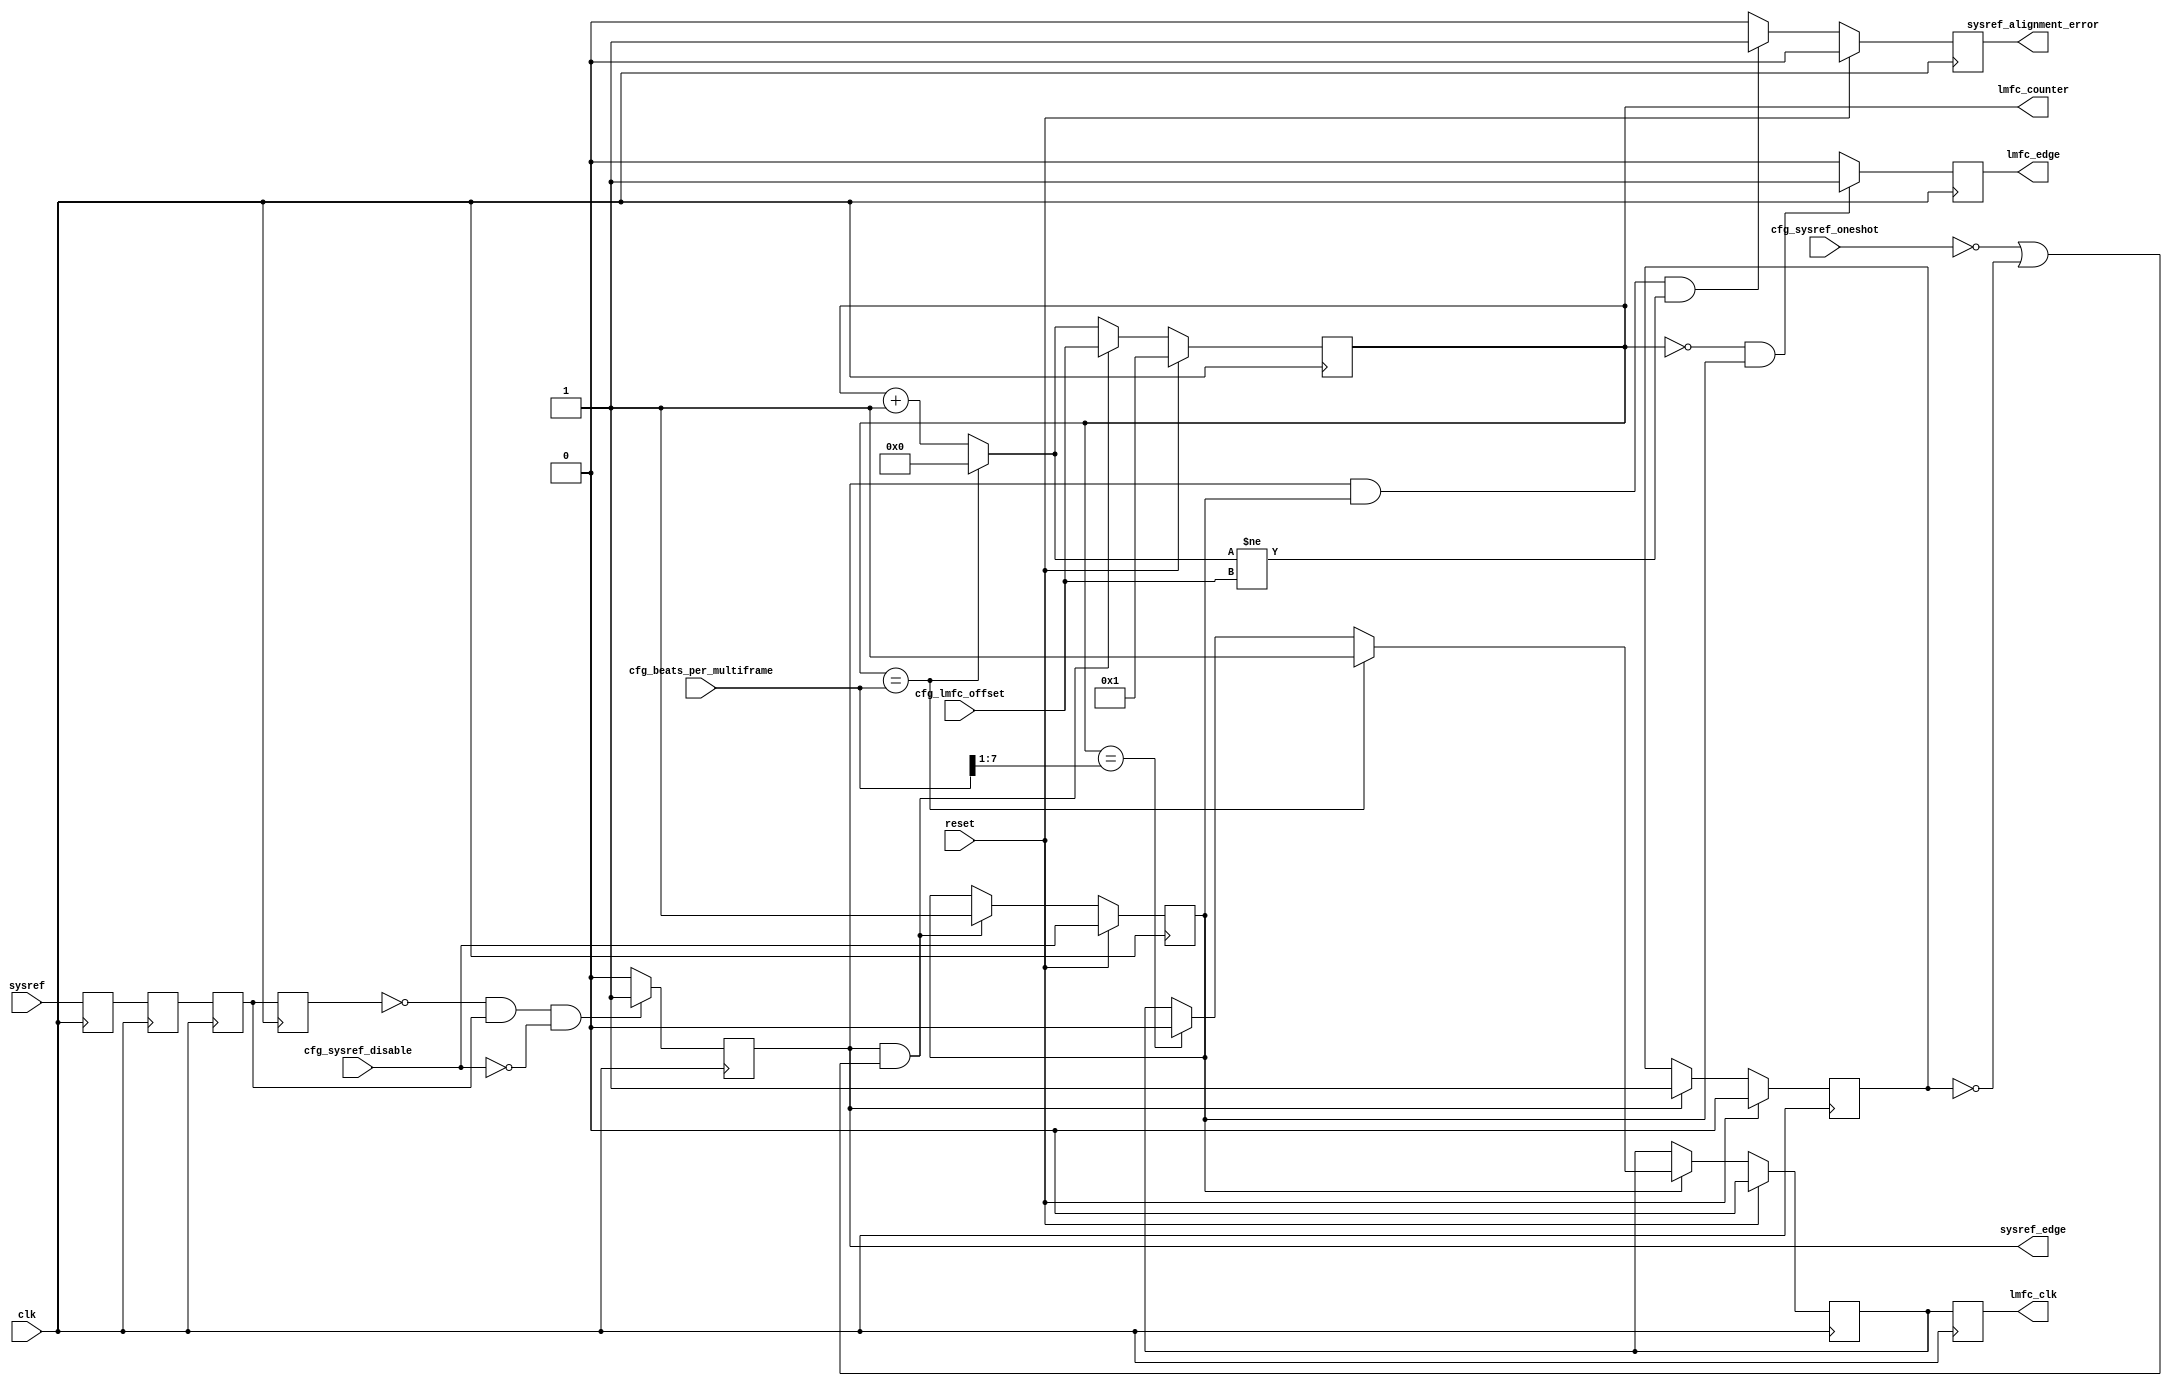
//
// The ADI JESD204 Core is released under the following license, which is
// different than all other HDL cores in this repository.
//
// Please read this, and understand the freedoms and responsibilities you have
// by using this source code/core.
//
// The JESD204 HDL, is copyright  2016-2017 Analog Devices Inc.
//
// This core is free software, you can use run, copy, study, change, ask
// questions about and improve this core. Distribution of source, or resulting
// binaries (including those inside an FPGA or ASIC) require you to release the
// source of the entire project (excluding the system libraries provide by the
// tools/compiler/FPGA vendor). These are the terms of the GNU General Public
// License version 2 as published by the Free Software Foundation.
//
// This core  is distributed in the hope that it will be useful, but WITHOUT ANY
// WARRANTY; without even the implied warranty of MERCHANTABILITY or FITNESS FOR
// A PARTICULAR PURPOSE. See the GNU General Public License for more details.
//
// You should have received a copy of the GNU General Public License version 2
// along with this source code, and binary.  If not, see
// <http://www.gnu.org/licenses/>.
//
// Commercial licenses (with commercial support) of this JESD204 core are also
// available under terms different than the General Public License. (e.g. they
// do not require you to accompany any image (FPGA or ASIC) using the JESD204
// core with any corresponding source code.) For these alternate terms you must
// purchase a license from Analog Devices Technology Licensing Office. Users
// interested in such a license should contact jesd204-licensing@analog.com for
// more information. This commercial license is sub-licensable (if you purchase
// chips from Analog Devices, incorporate them into your PCB level product, and
// purchase a JESD204 license, end users of your product will also have a
// license to use this core in a commercial setting without releasing their
// source code).
//
// In addition, we kindly ask you to acknowledge ADI in any program, application
// or publication in which you use this JESD204 HDL core. (You are not required
// to do so; it is up to your common sense to decide whether you want to comply
// with this request or not.) For general publications, we suggest referencing :
// The design and implementation of the JESD204 HDL Core used in this project
// is copyright  2016-2017, Analog Devices, Inc.
//

`timescale 1ns/100ps

module jesd204_lmfc (
  input clk,
  input reset,

  input sysref,

  input [7:0] cfg_beats_per_multiframe,
  input [7:0] cfg_lmfc_offset,
  input cfg_sysref_oneshot,
  input cfg_sysref_disable,

  output reg lmfc_edge,
  output reg lmfc_clk,
  output reg [7:0] lmfc_counter,

  output reg sysref_edge,
  output reg sysref_alignment_error
);

reg sysref_r = 1'b0;
reg sysref_d1 = 1'b0;
reg sysref_d2 = 1'b0;
reg sysref_d3 = 1'b0;

reg sysref_captured;

/* lmfc_octet_counter = lmfc_counter * (char_clock_rate / device_clock_rate) */
reg [7:0] lmfc_counter_next = 'h00;

reg lmfc_clk_p1 = 1'b1;

reg lmfc_active = 1'b0;

always @(posedge clk) begin
  sysref_r <= sysref;
end

/*
 * Unfortunately setup and hold are often ignored on the sysref signal relative
 * to the device clock. The device will often still work fine, just not
 * deterministic. Reduce the probability that the meta-stability creeps into the
 * reset of the system and causes non-reproducible issues.
 */
always @(posedge clk) begin
  sysref_d1 <= sysref_r;
  sysref_d2 <= sysref_d1;
  sysref_d3 <= sysref_d2;
end

always @(posedge clk) begin
  if (sysref_d3 == 1'b0 && sysref_d2 == 1'b1 && cfg_sysref_disable == 1'b0) begin
    sysref_edge <= 1'b1;
  end else begin
    sysref_edge <= 1'b0;
  end
end

always @(posedge clk) begin
  if (reset == 1'b1) begin
    sysref_captured <= 1'b0;
  end else if (sysref_edge == 1'b1) begin
    sysref_captured <= 1'b1;
  end
end

/*
 * The configuration must be static when the core is out of reset. Otherwise
 * undefined behaviour might occur.
 * E.g. lmfc_counter > beats_per_multiframe
 *
 * To change the configuration first assert reset, then update the configuration
 * setting, finally deassert reset.
 */

always @(*) begin
  if (lmfc_counter == cfg_beats_per_multiframe) begin
    lmfc_counter_next <= 'h00;
  end else begin
    lmfc_counter_next <= lmfc_counter + 1'b1;
  end
end

always @(posedge clk) begin
  if (reset == 1'b1) begin
    lmfc_counter <= 'h01;
    lmfc_active <= cfg_sysref_disable;
  end else begin
    /*
     * In oneshot mode only the first occurence of the
     * SYSREF signal is used for alignment.
     */
    if (sysref_edge == 1'b1 &&
        (cfg_sysref_oneshot == 1'b0 || sysref_captured == 1'b0)) begin
      lmfc_counter <= cfg_lmfc_offset;
      lmfc_active <= 1'b1;
    end else begin
      lmfc_counter <= lmfc_counter_next;
    end
  end
end

always @(posedge clk) begin
  if (reset == 1'b1) begin
    sysref_alignment_error <= 1'b0;
  end else begin
    /*
     * Alignement error is reported regardless of oneshot mode
     * setting.
     */
    sysref_alignment_error <= 1'b0;
    if (sysref_edge == 1'b1 && lmfc_active == 1'b1 &&
        lmfc_counter_next != cfg_lmfc_offset) begin
      sysref_alignment_error <= 1'b1;
    end
  end
end

always @(posedge clk) begin
  if (lmfc_counter == 'h00 && lmfc_active == 1'b1) begin
    lmfc_edge <= 1'b1;
  end else begin
    lmfc_edge <= 1'b0;
  end
end

always @(posedge clk) begin
  if (reset == 1'b1) begin
    lmfc_clk_p1 <= 1'b0;
  end else if (lmfc_active == 1'b1) begin
    if (lmfc_counter == cfg_beats_per_multiframe) begin
      lmfc_clk_p1 <= 1'b1;
    end else if (lmfc_counter == cfg_beats_per_multiframe[7:1]) begin
      lmfc_clk_p1 <= 1'b0;
    end
  end

  lmfc_clk <= lmfc_clk_p1;
end

endmodule